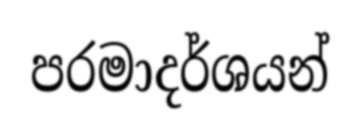
පරමාදර්ශයන්